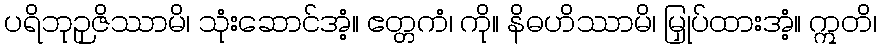
ပရိဘုဉှဇိဿာမိ၊ သုံးဆောင်အံ့။ ဧတ္တကံ၊ ကို။ နိဓဟိဿာမိ၊ မြှုပ်ထားအံ့။ ဣတိ၊